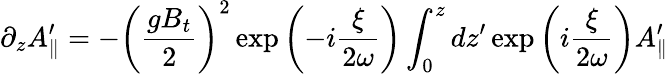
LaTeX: \partial_{z}A_{\parallel}^{\prime}=-\left({\frac{gB_{t}}{2}}\right)^{2}\exp\left(-i{\frac{\xi}{2\omega}}\right)\int_{0}^{z}dz^{\prime}\exp\left(i{\frac{\xi}{2\omega}}\right)A_{\parallel}^{\prime}